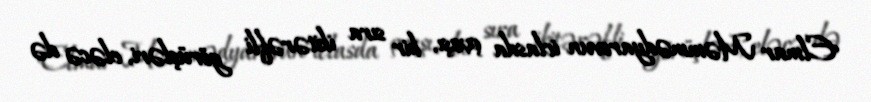
Elmar Məmmədyarovun iclasda çıxışı, bir sıra ikitərəfli görüşləri, eləcə də